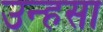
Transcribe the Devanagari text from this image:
उन्हसा